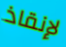
لإنقاذ